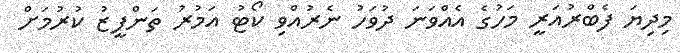
މިދިޔަ ފެބްރުއަރީ މަހުގެ އެއްވަނަ ދުވަހު ނެރުއްވި ކޯޓު އަމުރު ތަންފީޒު ކުރުމަށް